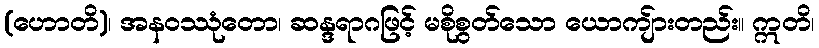
(ဟောတိ)၊ အနဝဿုံတော၊ ဆန္ဒရာဂဖြင့် မစိုစွတ်သော ယောကျ်ားတည်း။ ဣတိ၊